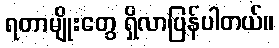
ရတာမျိုးတွေ ရှိလာပြန်ပါတယ်။